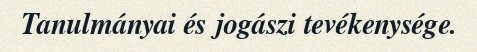
Tanulmányai és jogászi tevékenysége.